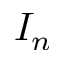
I _ { n }